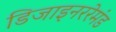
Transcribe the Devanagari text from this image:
डिजाइनररेमंड